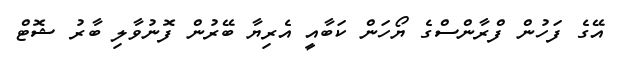
އޭގެ ފަހުން ފްރާންސްގެ ޔޯހަން ކަބާއީ އެރިޔާ ބޭރުން ފޮނުވާލި ބާރު ޝޮޓް